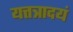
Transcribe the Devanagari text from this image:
यत्तत्रादयं